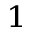
^ { 1 }